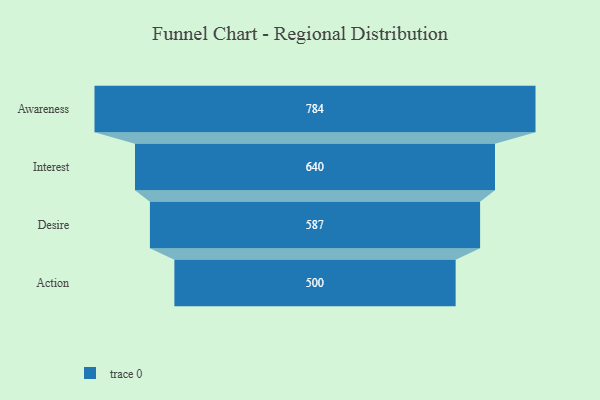
{"axis": {"x": "Stage", "y": "Value"}, "legend": [""], "data": [{"x": "Awareness", "y": 784.0, "type": ""}, {"x": "Interest", "y": 640.0, "type": ""}, {"x": "Desire", "y": 587.0, "type": ""}, {"x": "Action", "y": 500, "type": ""}]}